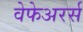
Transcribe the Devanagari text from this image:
वेफेअरर्स